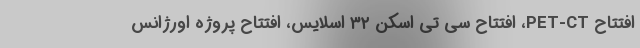
افتتاح PET-CT، افتتاح سی تی اسکن ۳۲ اسلایس، افتتاح پروژه اورژانس